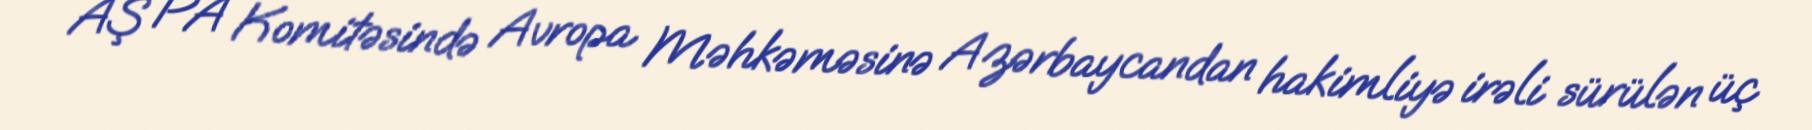
AŞ PA Komitəsində Avropa Məhkəməsinə Azərbaycandan hakimliyə irəli sürülən üç